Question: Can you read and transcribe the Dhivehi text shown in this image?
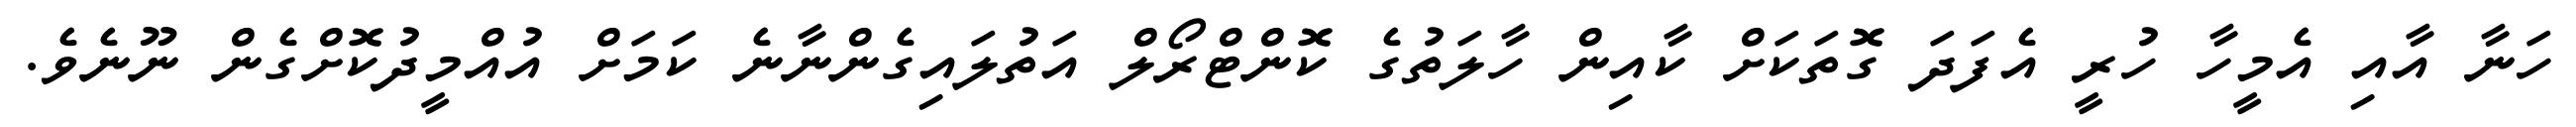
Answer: ހަނާ އާއި އެމީހާ ހުރީ އެފަދަ ގޮތަކަށް ކާއިން ހާލަތުގެ ކޮންޓްރޯލް އަތުލައިގެންނާނެ ކަމަށް އުއްމީދުކޮށްގެން ނޫނެވެ.